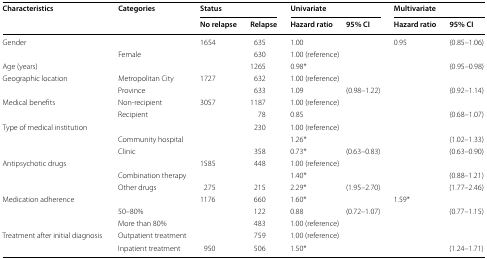
<table><thead><tr><td rowspan="2"><b>Characteristics</b></td><td rowspan="2"><b>Categories</b></td><td colspan="2"><b>Status</b></td><td colspan="2"><b>Univariate</b></td><td colspan="2"><b>Multivariate</b></td></tr><tr><td><b>No relapse</b></td><td><b>Relapse</b></td><td><b>Hazard ratio</b></td><td><b>95% CI</b></td><td><b>Hazard ratio</b></td><td><b>95% CI</b></td></tr></thead><tbody><tr><td rowspan="2">Gender</td><td>[EMPTY_CELL]</td><td>1654</td><td>635</td><td>1.00</td><td>[EMPTY_CELL]</td><td>0.95</td><td>(0.85–1.06)</td></tr><tr><td>Female</td><td>[EMPTY_CELL]</td><td>630</td><td colspan="4">1.00 (reference)</td></tr><tr><td colspan="2">Age (years)</td><td>[EMPTY_CELL]</td><td>1265</td><td>0.98*</td><td>[EMPTY_CELL]</td><td>[EMPTY_CELL]</td><td>(0.95–0.98)</td></tr><tr><td rowspan="2">Geographic location</td><td>Metropolitan City</td><td>1727</td><td>632</td><td colspan="4">1.00 (reference)</td></tr><tr><td>Province</td><td>[EMPTY_CELL]</td><td>633</td><td>1.09</td><td>(0.98–1.22)</td><td>[EMPTY_CELL]</td><td>(0.92–1.14)</td></tr><tr><td rowspan="2">Medical benefits</td><td>Non-recipient</td><td>3057</td><td>1187</td><td colspan="4">1.00 (reference)</td></tr><tr><td>Recipient</td><td>[EMPTY_CELL]</td><td>78</td><td>0.85</td><td>[EMPTY_CELL]</td><td>[EMPTY_CELL]</td><td>(0.68–1.07)</td></tr><tr><td rowspan="3">Type of medical institution</td><td>[EMPTY_CELL]</td><td>[EMPTY_CELL]</td><td>230</td><td colspan="4">1.00 (reference)</td></tr><tr><td>Community hospital</td><td>[EMPTY_CELL]</td><td>[EMPTY_CELL]</td><td>1.26*</td><td>[EMPTY_CELL]</td><td>[EMPTY_CELL]</td><td>(1.02–1.33)</td></tr><tr><td>Clinic</td><td>[EMPTY_CELL]</td><td>358</td><td>0.73*</td><td>(0.63–0.83)</td><td>[EMPTY_CELL]</td><td>(0.63–0.90)</td></tr><tr><td rowspan="3">Antipsychotic drugs</td><td>[EMPTY_CELL]</td><td>1585</td><td>448</td><td colspan="4">1.00 (reference)</td></tr><tr><td>Combination therapy</td><td>[EMPTY_CELL]</td><td>[EMPTY_CELL]</td><td>1.40*</td><td>[EMPTY_CELL]</td><td>[EMPTY_CELL]</td><td>(0.88–1.21)</td></tr><tr><td>Other drugs</td><td>275</td><td>215</td><td>2.29*</td><td>(1.95–2.70)</td><td>[EMPTY_CELL]</td><td>(1.77–2.46)</td></tr><tr><td rowspan="3">Medication adherence</td><td>[EMPTY_CELL]</td><td>1176</td><td>660</td><td>1.60*</td><td>[EMPTY_CELL]</td><td>1.59*</td><td>[EMPTY_CELL]</td></tr><tr><td>50–80%</td><td>[EMPTY_CELL]</td><td>122</td><td>0.88</td><td>(0.72–1.07)</td><td>[EMPTY_CELL]</td><td>(0.77–1.15)</td></tr><tr><td>More than 80%</td><td>[EMPTY_CELL]</td><td>483</td><td colspan="4">1.00 (reference)</td></tr><tr><td rowspan="2">Treatment after initial diagnosis</td><td>Outpatient treatment</td><td>[EMPTY_CELL]</td><td>759</td><td colspan="4">1.00 (reference)</td></tr><tr><td>Inpatient treatment</td><td>950</td><td>506</td><td>1.50*</td><td>[EMPTY_CELL]</td><td>[EMPTY_CELL]</td><td>(1.24–1.71)</td></tr></tbody></table>